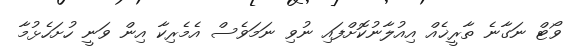
ވޯޓް ނަގާނެ ތާރީޚެއް އިއުލާނުކޮށްފައި ނުވި ނަމަވެސް އެމެރިކާ އިން ވަނީ ހުށަހެޅުމާ